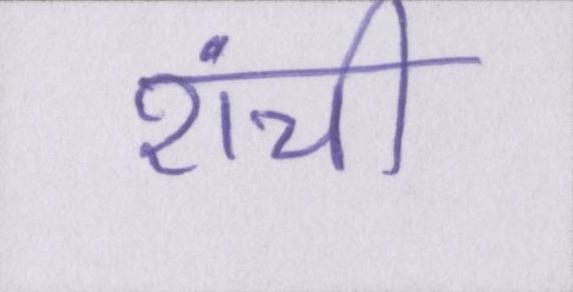
रांची